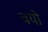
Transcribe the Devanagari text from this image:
वयो